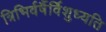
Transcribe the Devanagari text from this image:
त्रिभिर्वर्षैर्विशुध्यति